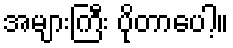
အများကြီး ပိုတာပေါ့။